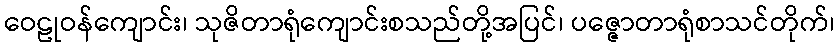
ဝေဠုဝန်ကျောင်း၊ သုဇိတာရုံကျောင်းစသည်တို့အပြင်၊ ပဇ္ဇောတာရုံစာသင်တိုက်၊